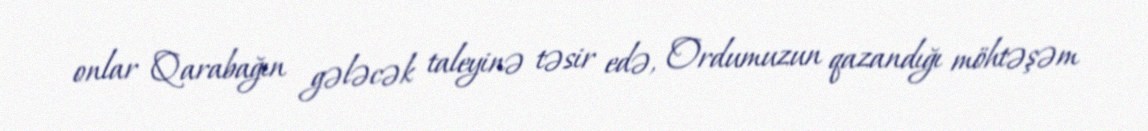
onlar Qarabağın gələcək taleyinə təsir edə, Ordumuzun qazandığı möhtəşəm